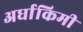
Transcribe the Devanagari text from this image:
अर्धाकिमी